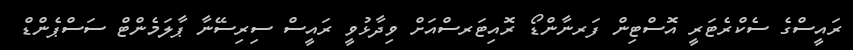
ރައީސްގެ ސެކްރެޓަރީ އޮސްޓިން ފަރނާންޑޯ ރޮއިޓަރސްއަށް ވިދާޅުވީ ރައީސް ސިރިސޭނާ ޕާލަމެންޓް ސަސްޕެންޑް